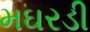
મઘરડી